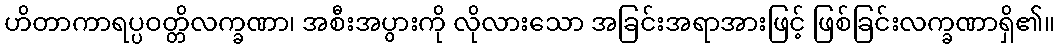
ဟိတာကာရပ္ပဝတ္တိလက္ခဏာ၊ အစီးအပွားကို လိုလားသော အခြင်းအရာအားဖြင့် ဖြစ်ခြင်းလက္ခဏာရှိ၏။